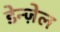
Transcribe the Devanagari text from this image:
डेन्ज़ेल